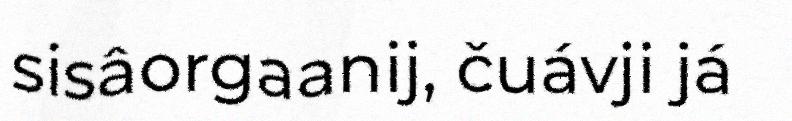
sisâorgaanij, čuávji já